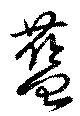
藍